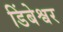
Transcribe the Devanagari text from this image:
डिंबेश्वर